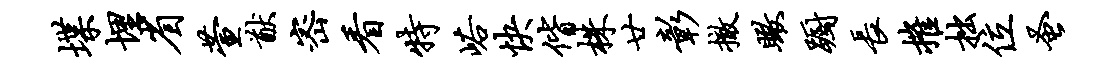
堞埋省萱猷密看特峪快偕株廿彰撤瞰蹰长摧拙位蚤